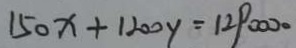
1 5 0 x + 1 2 0 y = 1 2 0 0 0 0